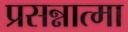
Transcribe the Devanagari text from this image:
प्रसन्नात्मा